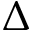
\Delta